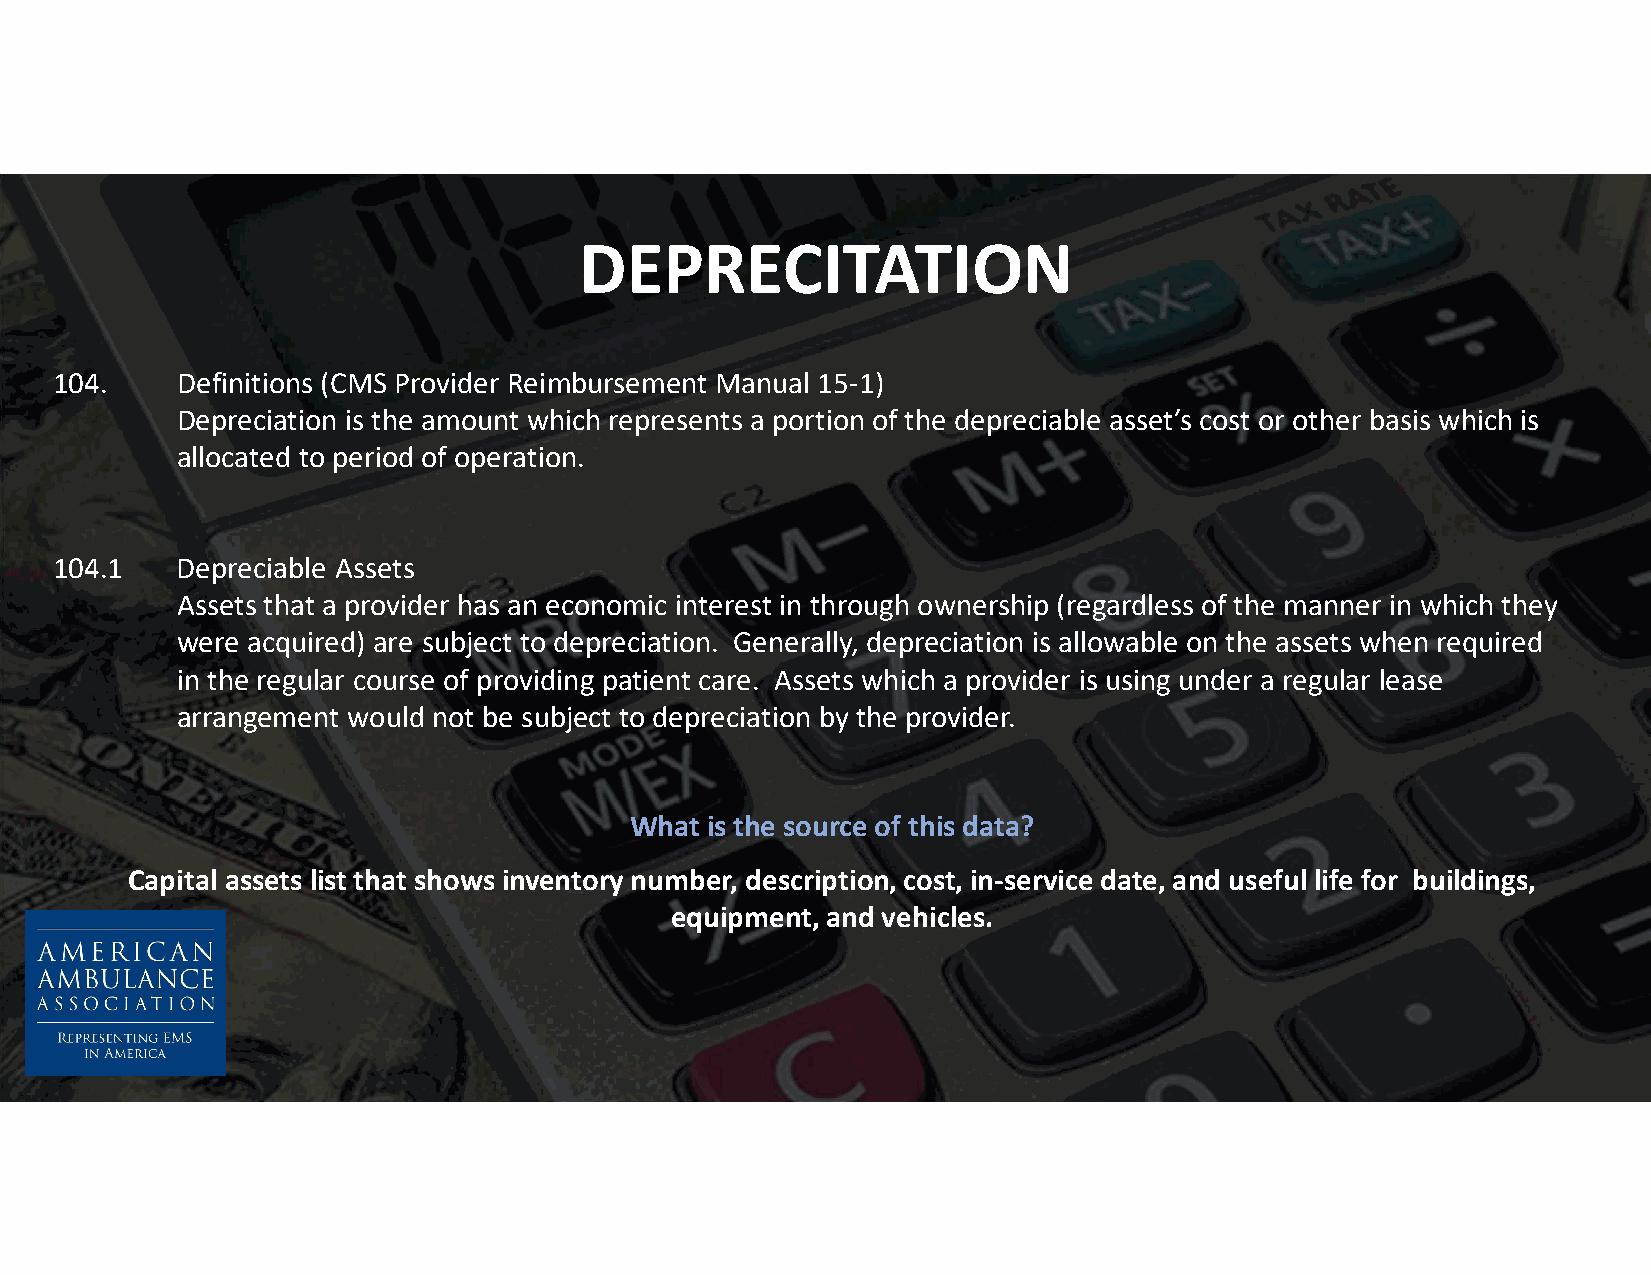
DEPRECITATION
 104.    Definitions (CMS Provider Reimbursement Manual 15-1)
 Depreciation is the amount which represents a portion of the depreciable asset’s cost or other basis which is
 allocated to period of operation.
 104.1   Depreciable Assets
 Assets that a provider has an economic interest in through ownership (regardless of the manner in which they
 were acquired) are subject to depreciation. Generally, depreciation is allowable on the assets when required
 in the regular course of providing patient care. Assets which a provider is using under a regular lease
 arrangement would not be subject to depreciation by the provider.
 What is the source of this data?
 Capital assets list that shows inventory number, description, cost, in-service date, and useful life for buildings,
 equipment, and vehicles.